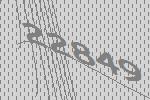
22849